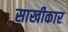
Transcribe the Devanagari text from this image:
साखीकार